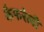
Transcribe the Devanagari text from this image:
कैफरेली